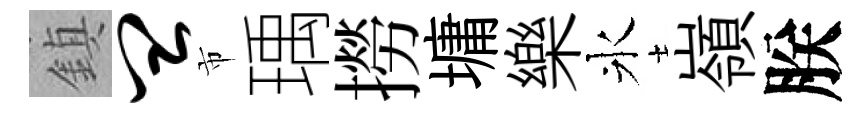
鎮皿市瑀撈墉樂氷嶺朕